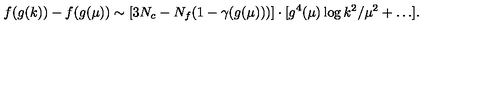
f ( g ( k ) ) - f ( g ( \mu ) ) \sim [ 3 N _ { c } - N _ { f } ( 1 - \gamma ( g ( \mu ) ) ) ] \cdot [ g ^ { 4 } ( \mu ) \log k ^ { 2 } / \mu ^ { 2 } + \ldots ] .